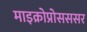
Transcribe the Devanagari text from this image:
माइक्रोप्रोसससर